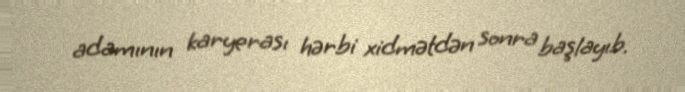
adamının karyerası hərbi xidmətdən sonra başlayıb.